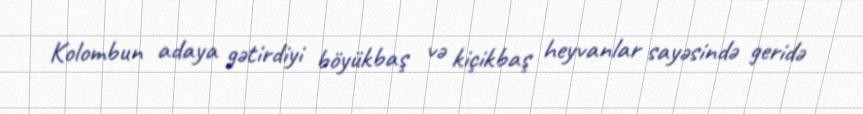
Kolombun adaya gətirdiyi böyükbaş və kiçikbaş heyvanlar sayəsində geridə